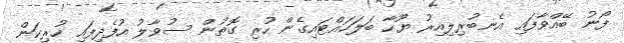
ފޯނު ބޭއްވާފައި އެނބުރިލިއިރު ޔޫހާ ބަލަހައްޓައިގެން ހުރި ގޮތުން ސުވާލު އުފެދިފައި ހުރިކަން